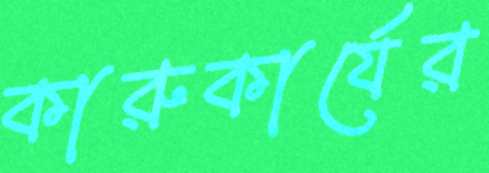
কারুকার্যের